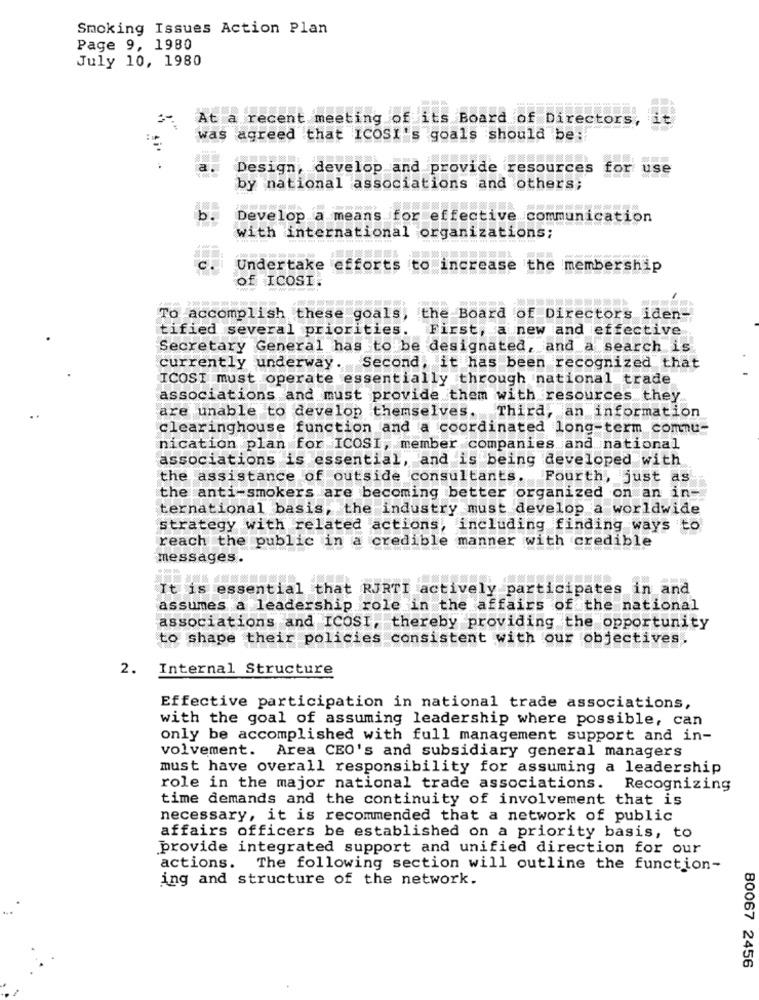
Smoking Issues Action Plan
Page 9, 1980
July 10, 1980
At a recent meeting of its Board of Directors,
it
was agreed that ICOSI's goals should be:
Design, develop and provide resources
for use
by national associations and others;
-200 200- 200-200
Develop a means
for effective communication
with international organizations;
Undertake efforts to increase
the membership
of ICOSI.
To accomplish these goals, the Board of Directors iden-
tified several priorities. First, a new and effective
Secretary General has to be designated, and a search is
currently underway. Second, it has been recognized that
ICOSI must operate essentially through national trade
associations and must provide them with resources they
are unable to develop themselves. Third, an information
clearinghouse function and a coordinated long-term commu-
nication plan for ICOSI, member companies and national
associations is essential, and is being developed with
the assistance of outside consultants. Fourth, just as
the anti-smokers are becoming better organized on an in-
ternational basis, the industry must develop a worldwide
strategy with related actions, including finding ways to
reach the public in a credible manner with credible
messages.
It is essential that RJRTI actively participates in and
assumes a leadership role in the affairs of the national
associations and ICOSI, thereby providing the opportunity
to shape their policies consistent with our objectives.
2. Internal Structure
Effective participation in national trade associations,
with the goal of assuming leadership where possible, can
only be accomplished with full management support and in-
volvement. Area CEO's and subsidiary general managers
must have overall responsibility for assuming a leadership
role in the major national trade associations. Recognizing
time demands and the continuity of involvement that is
necessary, it is recommended that a network of public
affairs officers be established on a priority basis, to
provide integrated support and unified direction for our
actions. The following section will outline the function-
ing and structure of the network.
80067 2456